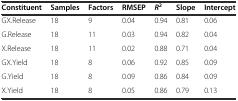
<table><thead><tr><td><b>Constituent</b></td><td><b>Samples</b></td><td><b>Factors</b></td><td><b>RMSEP</b></td><td><b><i>R</i><sup>2</sup></b></td><td><b>Slope</b></td><td><b>Intercept</b></td></tr></thead><tbody><tr><td>GX.Release</td><td>18</td><td>9</td><td>0.04</td><td>0.94</td><td>0.81</td><td>0.06</td></tr><tr><td>G.Release</td><td>18</td><td>11</td><td>0.03</td><td>0.94</td><td>0.82</td><td>0.04</td></tr><tr><td>X.Release</td><td>18</td><td>11</td><td>0.02</td><td>0.88</td><td>0.71</td><td>0.04</td></tr><tr><td>GX.Yield</td><td>18</td><td>8</td><td>0.06</td><td>0.92</td><td>0.85</td><td>0.09</td></tr><tr><td>G.Yield</td><td>18</td><td>8</td><td>0.09</td><td>0.86</td><td>0.84</td><td>0.09</td></tr><tr><td>X.Yield</td><td>18</td><td>8</td><td>0.05</td><td>0.86</td><td>0.79</td><td>0.13</td></tr></tbody></table>